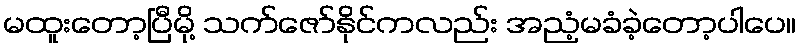
မထူးတော့ပြီမို့ သက်ဇော်နိုင်ကလည်း အညံ့မခံခဲ့တော့ပါပေ။